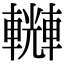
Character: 𨏆